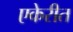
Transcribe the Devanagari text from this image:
एकेरीत